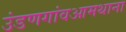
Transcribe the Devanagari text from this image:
उंडणगांवआमथाना